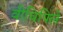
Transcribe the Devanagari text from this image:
वीधिपिले